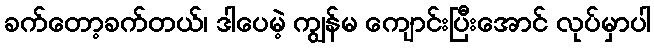
ခက်တော့ခက်တယ်၊ ဒါပေမဲ့ ကျွန်မ ကျောင်းပြီးအောင် လုပ်မှာပါ